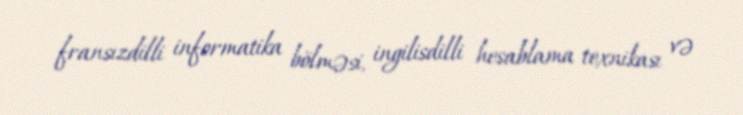
fransızdilli informatika bölməsi, ingilisdilli hesablama texnikası və